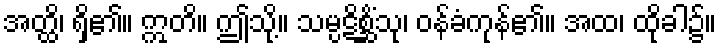
အတ္ထိ၊ ရှိ၏။ ဣတိ။ ဤသို့။ သမ္ပဋိစ္ဆိံသု၊ ဝန်ခံကုန်၏။ အထ၊ ထိုခါ၌။